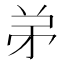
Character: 𬼺